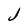
Character: J